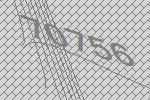
70756